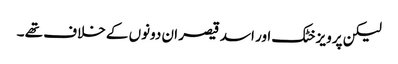
لیکن پرویز خٹک اور اسد قیصر ان دونوں کے خلاف تھے ۔